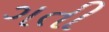
ગતી